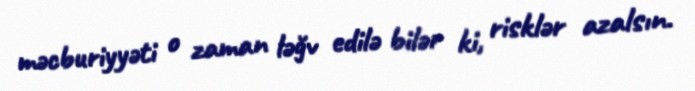
məcburiyyəti o zaman ləğv edilə bilər ki, risklər azalsın.